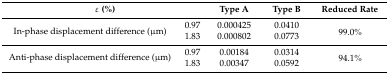
<table><thead><tr><td colspan="2"><b>ε (%)</b></td><td><b>Type A</b></td><td><b>Type B</b></td><td><b>Reduced Rate</b></td></tr></thead><tbody><tr><td rowspan="2">In-phase displacement difference (μm)</td><td>0.97</td><td>0.000425</td><td>0.0410</td><td rowspan="2">99.0%</td></tr><tr><td>1.83</td><td>0.000802</td><td>0.0773</td></tr><tr><td rowspan="2">Anti-phase displacement difference (μm)</td><td>0.97</td><td>0.00184</td><td>0.0314</td><td rowspan="2">94.1%</td></tr><tr><td>1.83</td><td>0.00347</td><td>0.0592</td></tr></tbody></table>